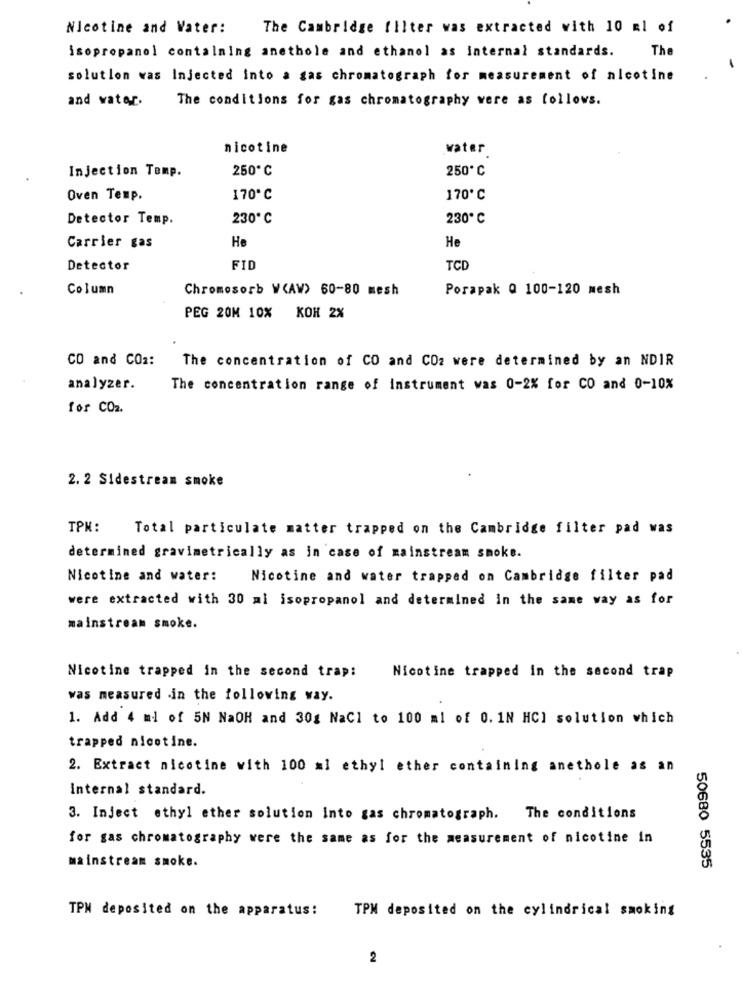
Nicotine and Water:
The Cambridge filter was extracted with 10 ml of
isopropanol containing anethole and ethanol as Internal standards.
The
solution was Injected Into a gas chromatograph for measurement of nicotine
and water.
The conditions for gas chromatography were as follows.
nicotine
water
Injection Temp.
250℃
250℃
Oven Temp.
170℃
170℃
Detector Temp.
230℃
230℃
He
He
Carrier gas
Detector
FID
TCD
Column
Chromosorb WCAW> 60-80 mesh
Porapak Q 100-120 mesh
PEG 20M 10% KOH 2%
CO and CO2:
The concentration of CO and CO2 were determined by an NDIR
analyzer.
The concentration range of instrument was 0-2% for CO and 0-10%
for CO2.
2. 2 Sidestream smoke
TPM:
Total particulate matter trapped on the Cambridge filter pad was
determined gravimetrically as in case of mainstream smoke.
Nicotine and water:
Nicotine and water trapped on Cambridge filter pad
were extracted with 30 al isopropanol and determined in the same way as for
mainstream smoke.
Nicotine trapped in the second trap:
Nicotine trapped in the second trap
was measured in the following way.
1. Add 4 ml of 5N NaOH and 30g NaCl to 100 ml of 0. 1N HCI solution which
trapped nicotine.
2. Extract nicotine with 100 ml ethyl ether containing anethole as an
internal standard.
3. Inject ethyl ether solution Into gas chromatograph. The conditions
for gas chromatography were the same as for the measurement of nicotine in
mainstream smoke.
50680 5535
TPM deposited on the apparatus:
TPM deposited on the cylindrical smoking
2